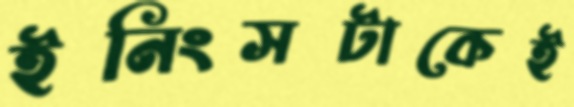
ইনিংসটাকেই